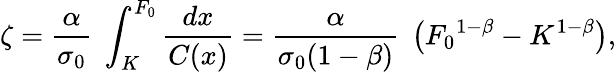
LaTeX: \zeta={\frac{\alpha}{\sigma_{0}}}\; \int_{K}^{F_{0}}{\frac{dx}{C(x)}}={\frac{\alpha}{\sigma_{0}(1-\beta)}}\; \left(F_{0}{}^{1-\beta}-K^{1-\beta}\right),